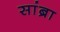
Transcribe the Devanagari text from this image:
सांब्रा